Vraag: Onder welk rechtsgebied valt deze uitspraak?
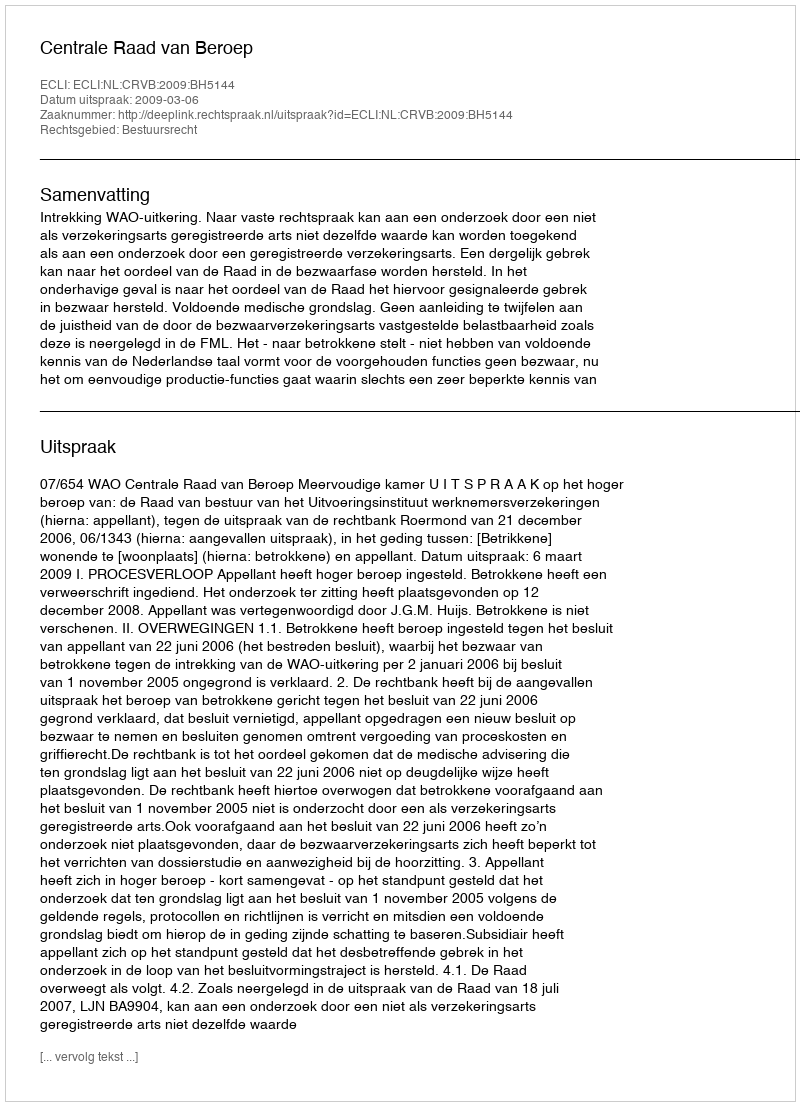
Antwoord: Bestuursrecht